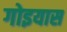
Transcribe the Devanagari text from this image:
गोइयास